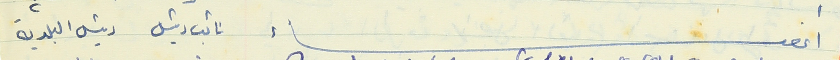
أعضاء نائب رئيس رئيس البلدية